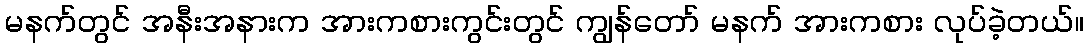
မနက်တွင် အနီးအနားက အားကစားကွင်းတွင် ကျွန်တော် မနက် အားကစား လုပ်ခဲ့တယ်။